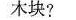
木块?